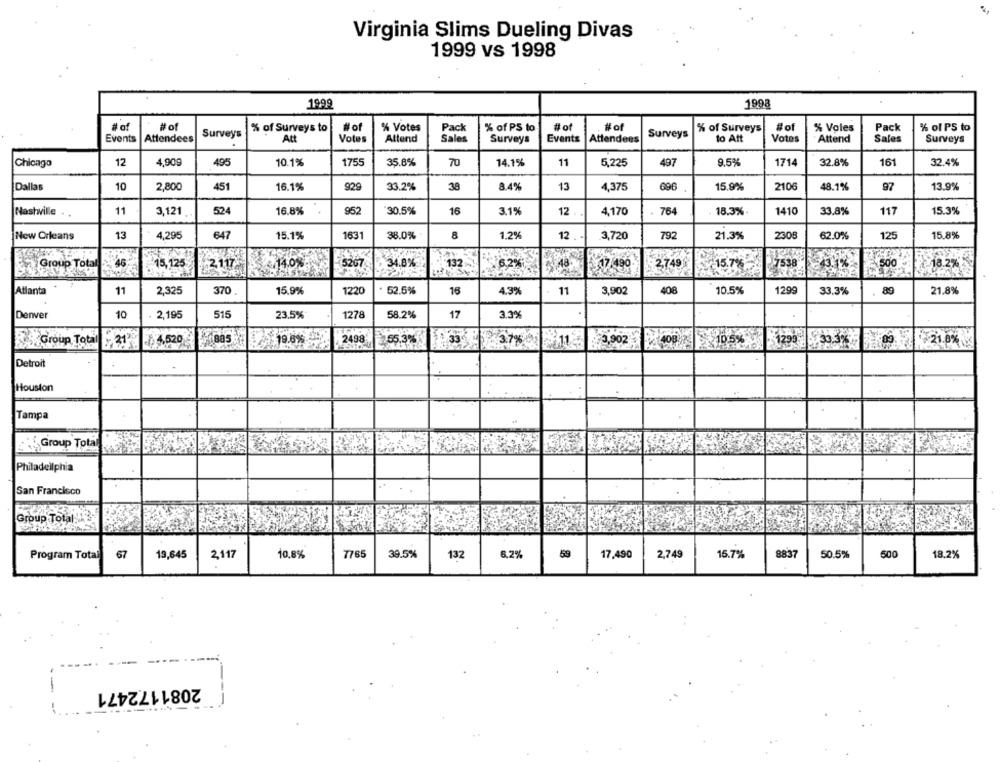
Virginia Slims Dueling Divas
1999 vs 1998
1999
1998
# of
#of
% of Surveys to
#of
% Votes
Pack
% of PS to
#of
#of
% of Surveys
#of
% Voles
Pack
% ol PS to
Events
Attendees
Surveys
At
Attend
Sales
Events
Attendees
Surveys
to Att
Votes
Attend
Sales
Votes
Surveys
Surveys
70
32.8%
161
Chicago
12
4,90g
495
10.1%
1755
35.8%
14.1%
11
5,225
497
9.5%
1714
32.4%
Dallas
10
2,800
451
16.1%
929
33.2%
38
8.4%
13
4,375
696
15.9%
2106
48.1%
97
13.9%
Nashville ..
11
3,121
524
16.8%
952
30.5%
16
3.1%
12
4,170
764
18.3% .
1410
33.8%
117
15.3%
New Orleans
13
4,295
647
15.1%
1631
38.0%
8
1.2%
12 .
3,720
792
21.3%
2308
62.0%
125
15.8%
Group Total
46
15,125
2.117
5267
34.8%
132
6,2%
~48
₹17.490
2,749
15.7%
-18.2%
Atlanta
15.9%
1220
52.5%
16
11
3,902
406
10.5%
1299
33.3%
89
21.8%
11
2,325
370
4.3%
Denver
10
2,195
515
23.5%
1278
58.2%
17
3.3%
RS Group Total
31
4,520
2498
55.3%
33
37%
S.11
3,902
1299
33.3
21.0%
Detroit
Houston
Tampa
Group Total
Philadelphia
San Francisco
Group Total ..
Program Total
67
19,645
2117
10,8%
776
39.5%
132
6,2%
59
17,490
2,749
15.7%
8837
50.5%
500
18.2%
2081172471